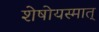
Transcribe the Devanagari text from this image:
शेषोयस्मात्